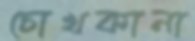
চোখকানা